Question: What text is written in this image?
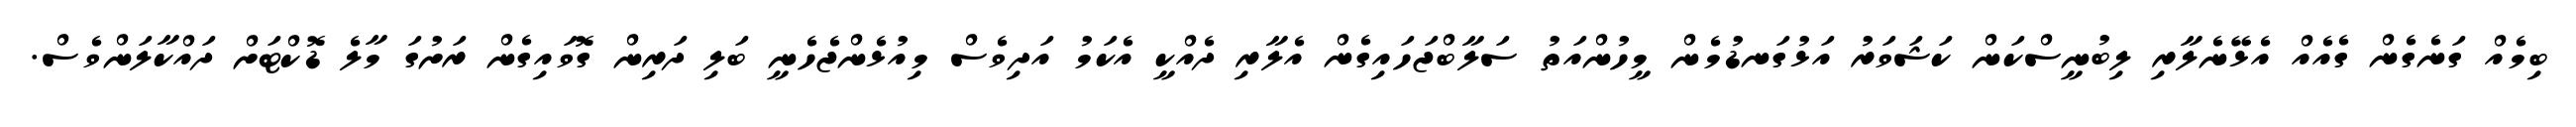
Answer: ބިމެއް ގަނެގެން ގެއެއް އެޅޭނެލާރި ލިބުނީސްކަން ކަޝަވަރު އަޅުގަނޑުމެން މީހުންއަތު ސަލާބްޖަހައިގެން އެލާރި ދެއްކީ އެކަމު އަދިވެސް މިއުޅެންޖެހެނީ ބަލި ދަރިން ގޮވައިގެން ރަށުގަ މާލެ ޑޮކްޓަށް ދައްކާލަންވެސް.